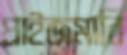
প্রাইজমানি